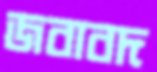
জবাবদ